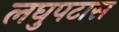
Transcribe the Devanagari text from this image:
लघुपटास